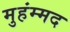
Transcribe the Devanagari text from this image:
मुहंम्मद